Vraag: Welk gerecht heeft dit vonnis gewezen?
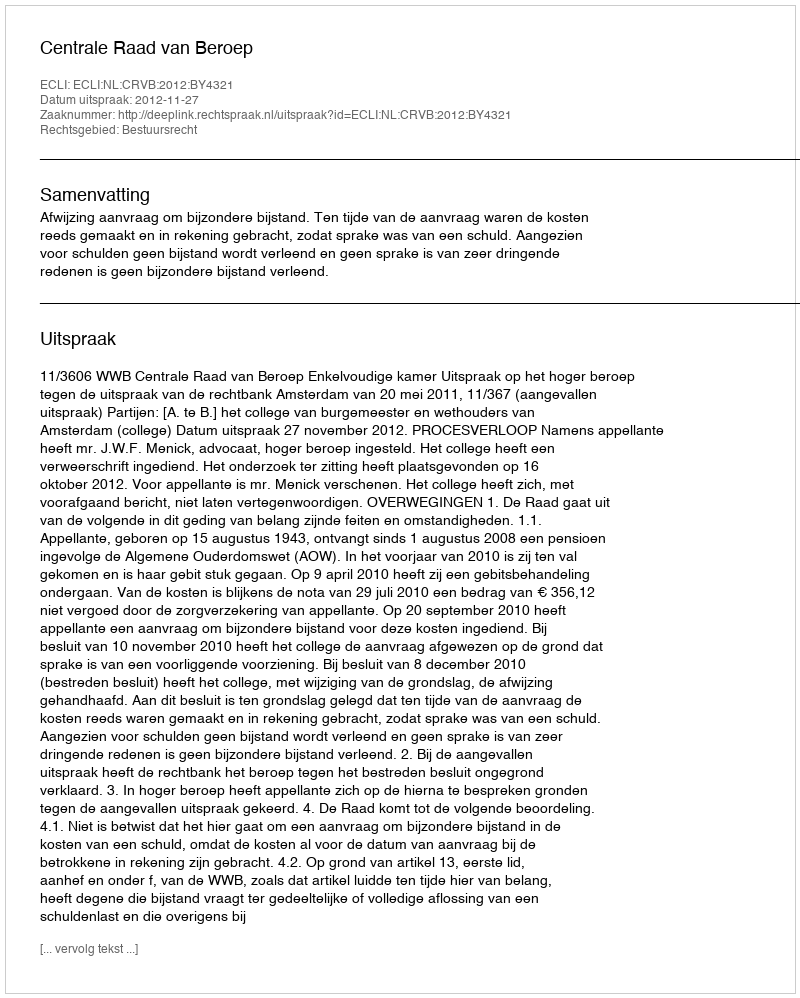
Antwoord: Centrale Raad van Beroep